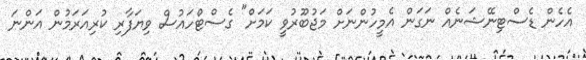
އެހެން ޑެސްޓިނޭޝަނެއް ނަގަން އެމީހުންނަށް މަޖުބޫރުވީ ކަމަށް" ގެސްޓްހައުސް ވިޔަފާރި ކުރިއަރަމުން އަންނަ